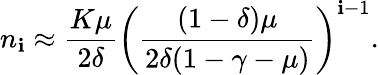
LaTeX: n_{\mathbf{i}}\approx\frac{{K\mu}}{{2\delta}}\left(\frac{{(1-\delta)\mu}}{{2\delta(1-\gamma-\mu)}}\right)^{\mathbf{i}-1}.